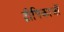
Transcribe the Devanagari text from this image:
द्वीपिकाओं